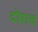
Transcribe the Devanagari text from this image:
दोराच